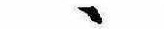
ゝ